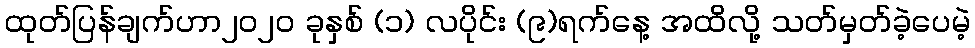
ထုတ်ပြန်ချက်ဟာ၂၀၂၀ ခုနှစ် (၁) လပိုင်း (၉)ရက်နေ့ အထိလို့ သတ်မှတ်ခဲ့ပေမဲ့